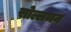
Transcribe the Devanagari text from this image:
सोल्लथन